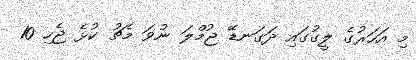
މި އަހަރުގެ ލީގުގައި ދަގަނޑޭ ޖުމްލަ ނުވަ މެޗު ކުޅެ ޖެހި 10